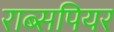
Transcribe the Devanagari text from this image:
राब्सपियर